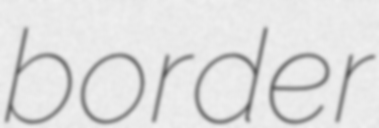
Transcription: border